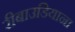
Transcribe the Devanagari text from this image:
रीबाउडियाना